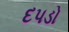
દપડો